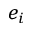
e _ { i }